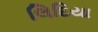
લિદિયા